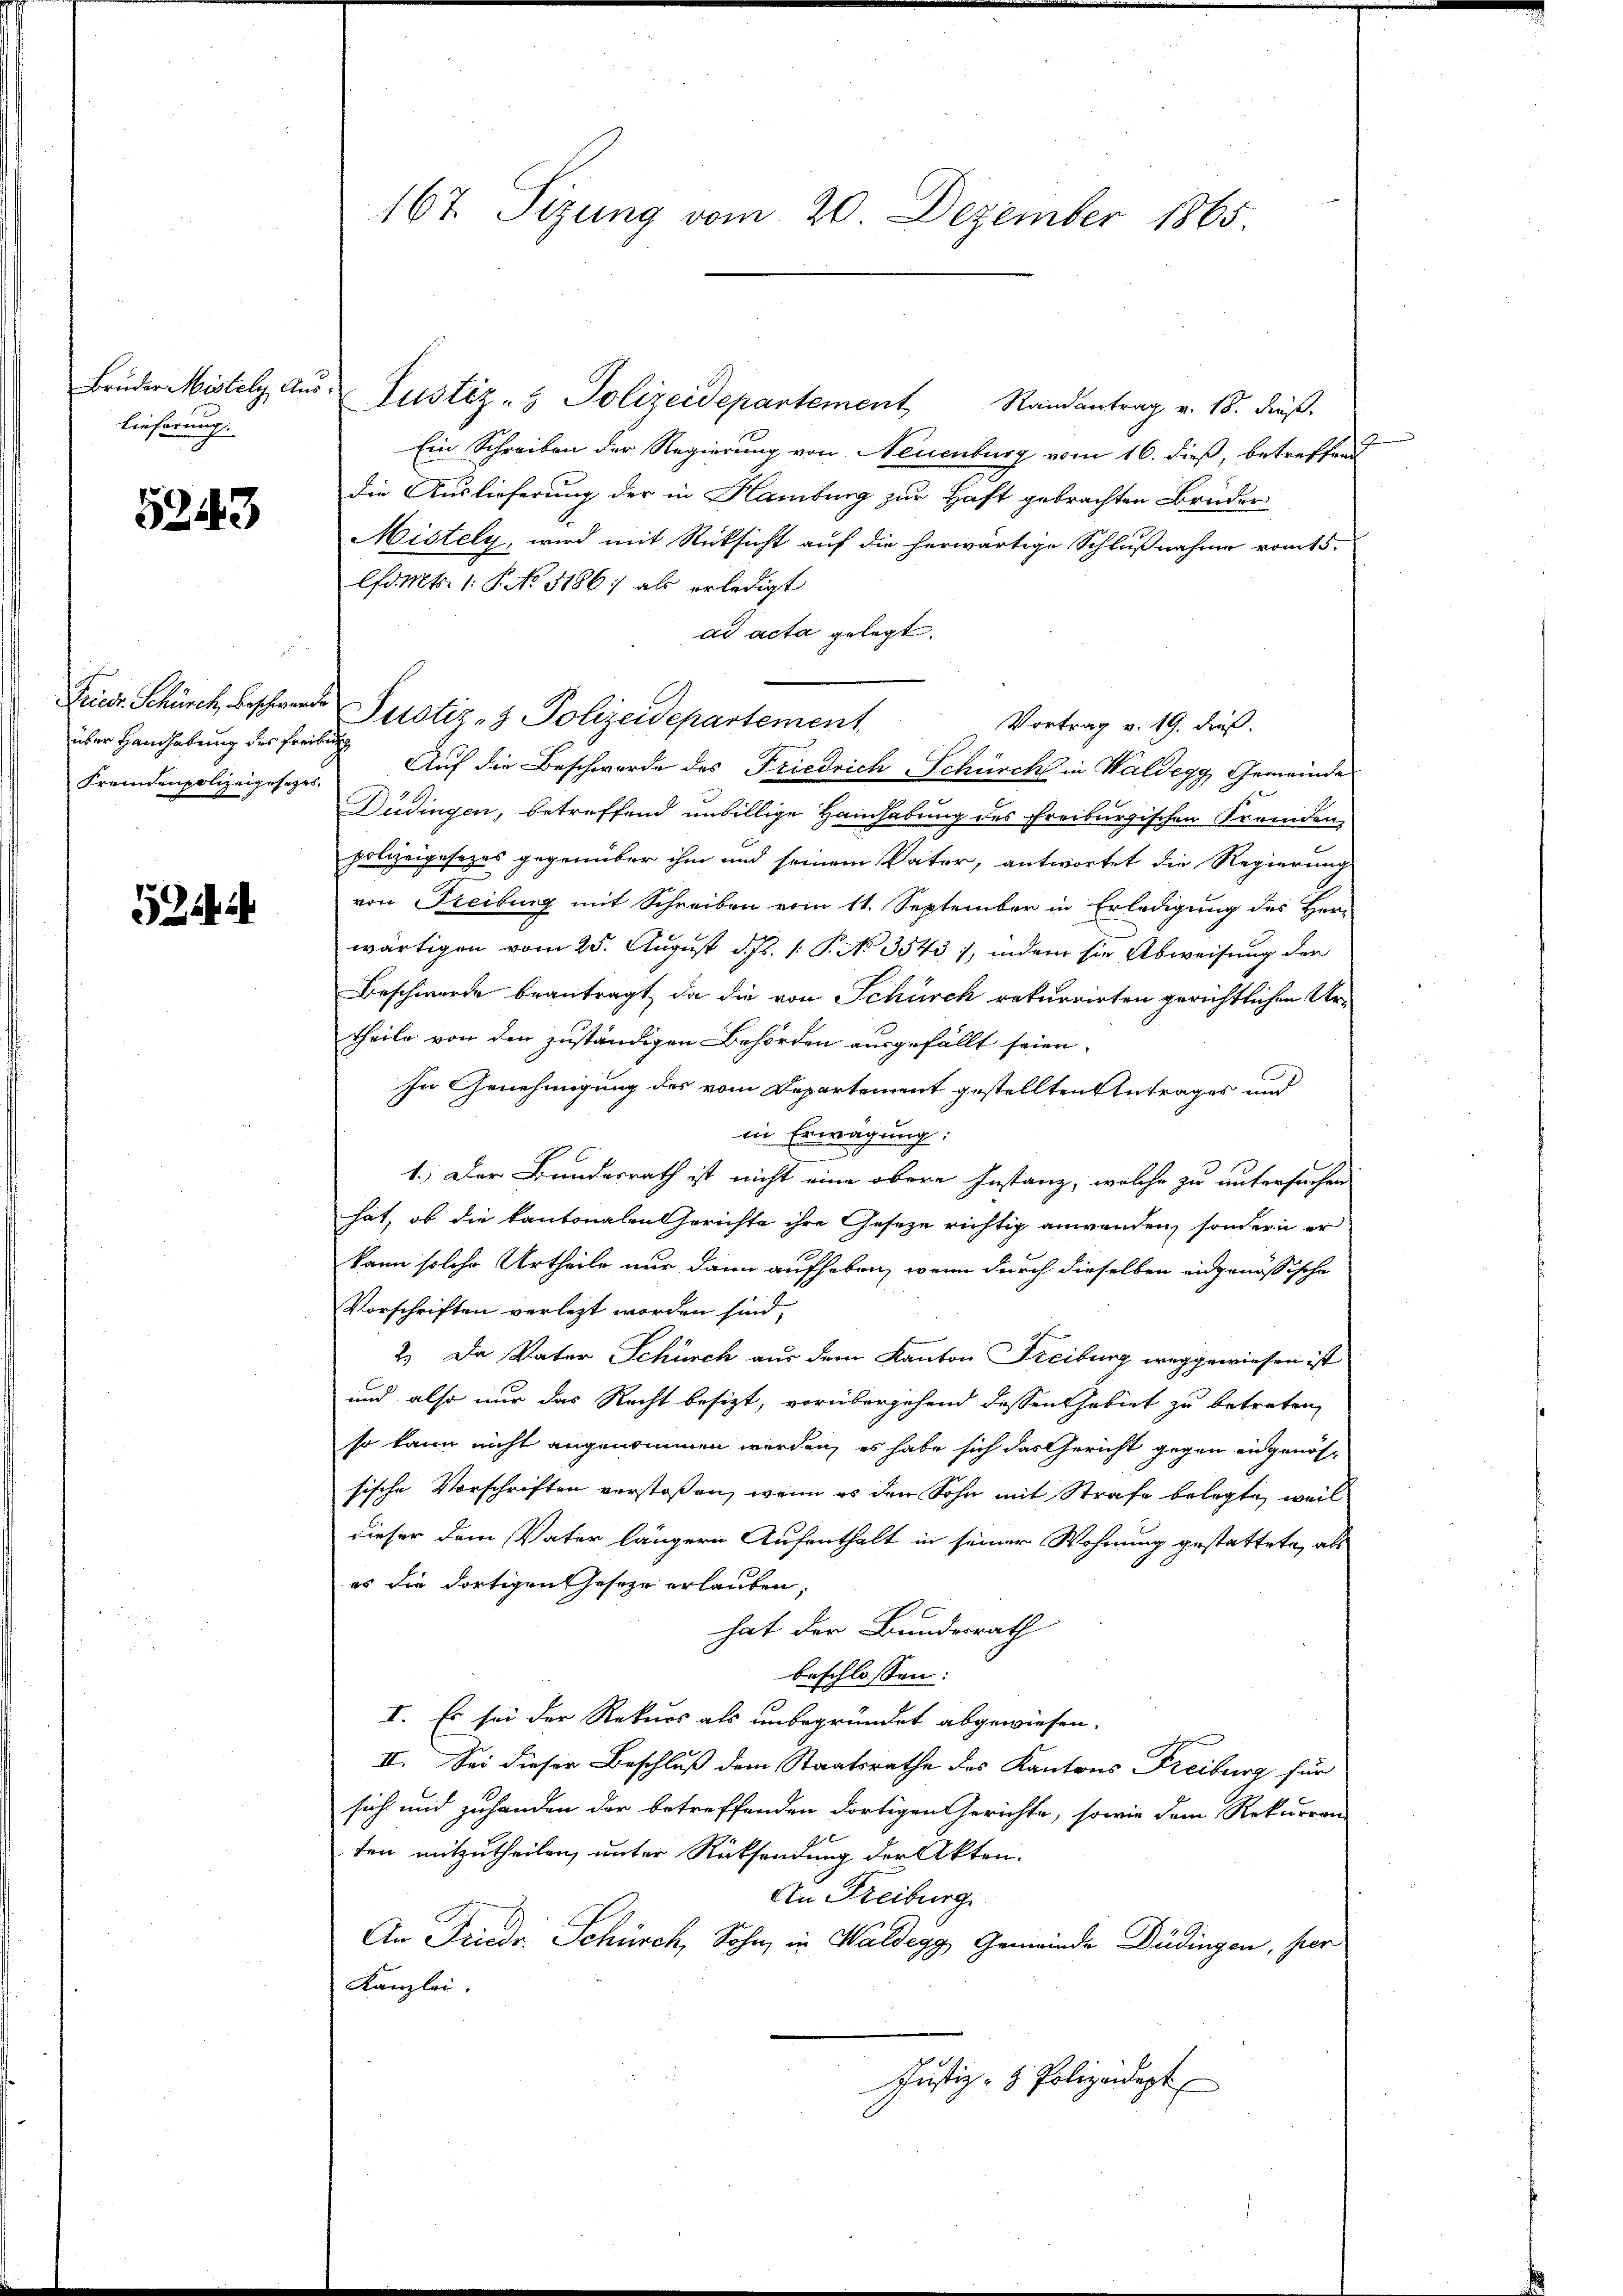
lieferung.

5243

über Handhabung des Freiburg
Fremdenpolizeigesezes

524.

167. Sizung vom 20. Dezember 1865.

Bruder Mistolz aus Justiz- & Polizeidepartement Randantrag v. 18. dieß.
Ein Schreiben der Regierung von Neuenburg vom 16. dieß, betreffend
die Auslieferung der in Hamburg zur Haft gebrachten Bruder
Mistely, wird mit Rücksicht auf die herwärtige Schlußnahme vom 15.
lfd. Mts. 1. P. No. 5186; als erledigt
ad acta gelegt.
Friedr. Schürch, beschwerde Justiz- & Polizeidepartement
Vortrag v. 19. dieß.
Auf die Beschwerde des Friedrich-Schürcht in Waldegg, Gemeinde
Düdingen, betreffend unbillige Handhabung des Freiburgischen Fremden
polizeigesezes gegenüber ihm und seinem Vater, antwortet die Regierung
von Freiburg mit Schreiben vom 11. September in Erledigung des Her-
wärtigen vom 25. August d. Js. 1. P. No 3543), indem sie Abweisung der
Beschwerde beantragt, da die von Schürck rekurrirten gerichtlichen Urtheile von den zuständigen Behörden ausgefällt seien.
In Genehmigung des vom Departement gestellten Antrages und
in Erwägung:
9
1.) Der Bundesrath ist nicht eine obere Instanz, welche zu untersuchen
hat, ob die kantonalen Gerichte ihre Geseze richtig anwenden, sondern er
kann solche Urtheile nur dann aufheben, wenn durch dieselben eidgenössische
Vorschriften verlezt worden sind,
2.) Da Vater Schürch aus dem Kanton Freiburg weggewiesen ist
und also nur das Recht besizt, vorübergehend dessen Gebiet zu betreten,
so kann nicht angenommen werden, es habe sich das Gericht gegen eidgenössische Vorschriften verstoßen, wenn es den Sohn mit Strafe belegte, weil
dieser dem Vater längern Aufenthalt in seiner Wohnung gestattete, als
es die dortigen Geseze erlauben,
hat der Bundesrath
beschlossen:
I. Es sei der Rekurs als unbegründet abgewiesen.
II. Sei dieser Beschluß dem Staatsrathe des Kantons Freiburg für
sich und zuhanden der betreffenden dortigen Gerichte, sowie dem Rekurren-
ten mitzutheilen, unter Rücksendung der Akten.
An Freiburg
An Friede Schürch, Sohn, in Waldegg, Gemeinde Düdingen, hier
Kanzlei.
Justiz- & Polizeidept